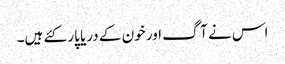
اس نے آگ اور خون کے دریا پار کئے ہیں۔